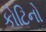
કોટિનો